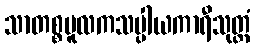
သာတစ္စမူလကသပ္ပါယကာရီသုတ္တံ